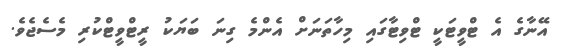
އޭނާގެ އެ ޓްވީޓަކީ ޓްވިޓާގައި މިހާތަނަށް އެންމެ ގިނަ ބަޔަކު ރީޓްވީޓްކުރި މެސެޖެވެ.